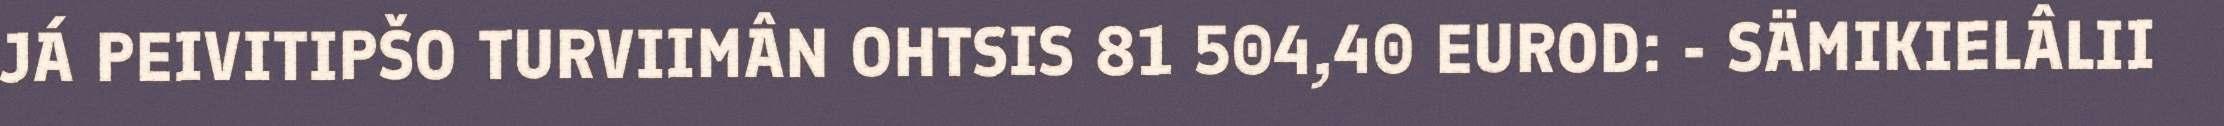
JÁ PEIVITIPŠO TURVIIMÂN OHTSIS 81 504,40 EUROD: - SÄMIKIELÂLII